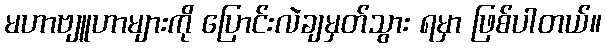
မဟာဗျူဟာများကို ပြောင်းလဲချမှတ်သွား ရမှာ ဖြစ်ပါတယ်။